Indian journal of veterinary science and animal husbandry - Volumes 28-29, 1958-1959
Year: 1958
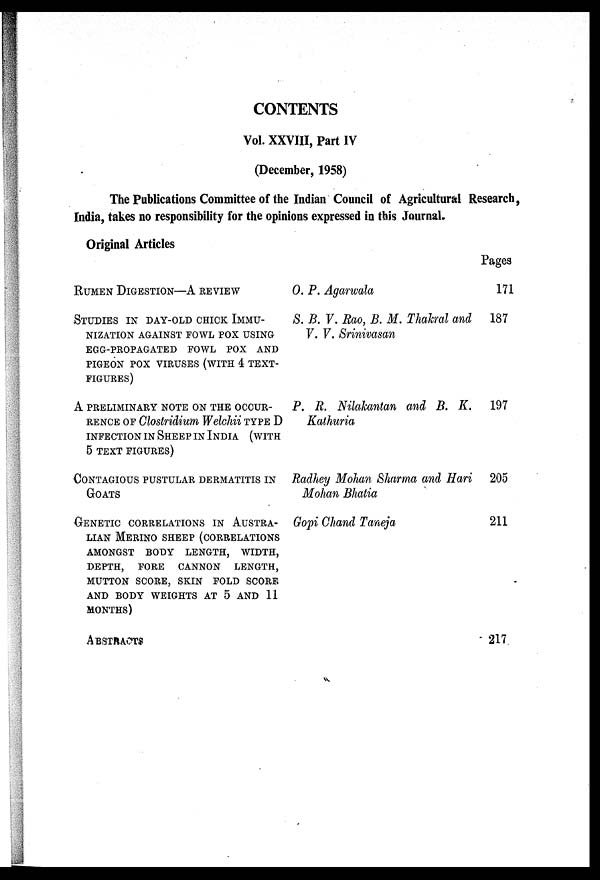
CONTENTS
Vol. XXVIII, Part IV
(December, 1958)
The Publications Committee of the Indian Council of Agricultural Research,
India, takes no responsibility for the opinions expressed in this Journal.
Original Articles
RUMEN DIGESTION—A REVIEW
STUDIES IN DHAY-OLD CHICK IMMU-
NIZATION AGAINST FOWL POX USING
EGG-PROPAGATED FOWL POX AND
PIGEON POX VIRUSES (WITH 4 TEXT-
FIGURES)
A PRELIMINARY NOTE ON THE OCCUR-
RENCE OF Clostridium Welchii TYPE D
INFECTION IN SHEEP IN INDIA (WITH
5 TEXT FIGURES)
CONTAGIOUS PUSTULAR DERMATITIS IN
GOATS
GENETIC CORRELATIONS IN AUSTRA-
LIAN MERINO SHEEP (CORRELATIONS
AMONGST BODY LENGTH, WIDTH,
DEPTH, FORE CANNON LENGTH,
MUTTON SCORE, SKIN FOLD SCORE
AND BODY WEIGHTS AT 5 AND 11
MONTHS)
ABSTRACTS
O. P. Agarwala
S. B. V. Rao, B. M. Thahral and
V. V. Srinivasan
P. R. Nilakantan and B. K.
Kathuria
Radhey Mohan Sharma and Hari
Mohan Bhatia
Gopi Chand Taneja
Pages
171
187
197
205
211
217